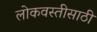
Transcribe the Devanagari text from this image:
लोकवस्तीसाठी